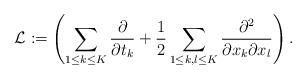
LaTeX: \begin{align*}\mathcal{L}:= \left(\sum_{1\leq k \leq K}\dfrac{\partial}{\partial t_k} + \frac{1}{2} \sum_{1\leq k,l \leq K} \dfrac{\partial^2}{\partial x_k \partial x_l}\right). \end{align*}